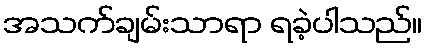
အသက်ချမ်းသာရာ ရခဲ့ပါသည်။